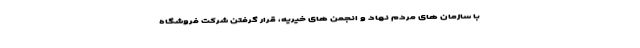
با سازمان های مردم نهاد و انجمن های خیریه، قرار گرفتن شرکت فروشگاه